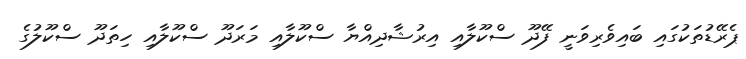
ޕެރޭޑުތަކުގައި ބައިވެރިވަނީ ފޭދޫ ސްކޫލާއި އިރުޝާދިއްޔާ ސްކޫލާއި މަރަދޫ ސްކޫލާއި ހިތަދޫ ސްކޫލުގެ